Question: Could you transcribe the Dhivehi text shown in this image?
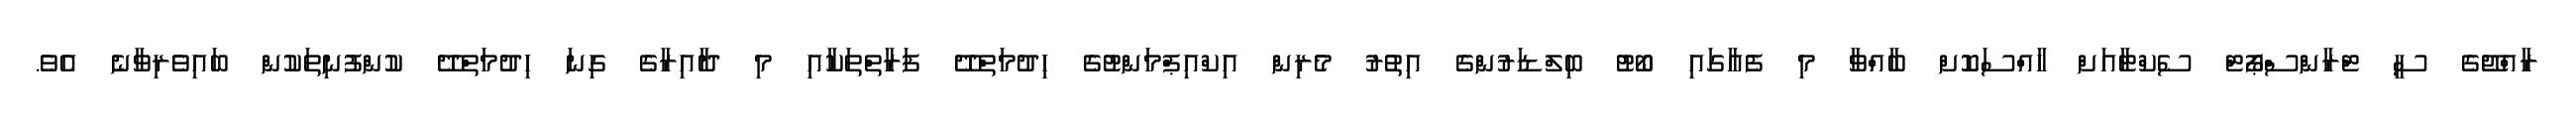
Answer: ރާއްޖޭގެ ސީ ޓްރާންސްޕޯޓް ސެކްޓާއަށް ހާއްސަކޮށް ބާއްވާ މި ފެއާގައި ބޯޓު ބިލްޑަރުންގެ އިތުރު މެރިން އިކްއިޕްމަންޓުގެ ހިދުމަތްދޭ ފަރާތްތަކާއި މި ދާއިރާގެ ގިނަ ހިދުމަތްދޭ ކުންފުނިތަކުން ބައިވެރިވާނެ އެވެ.